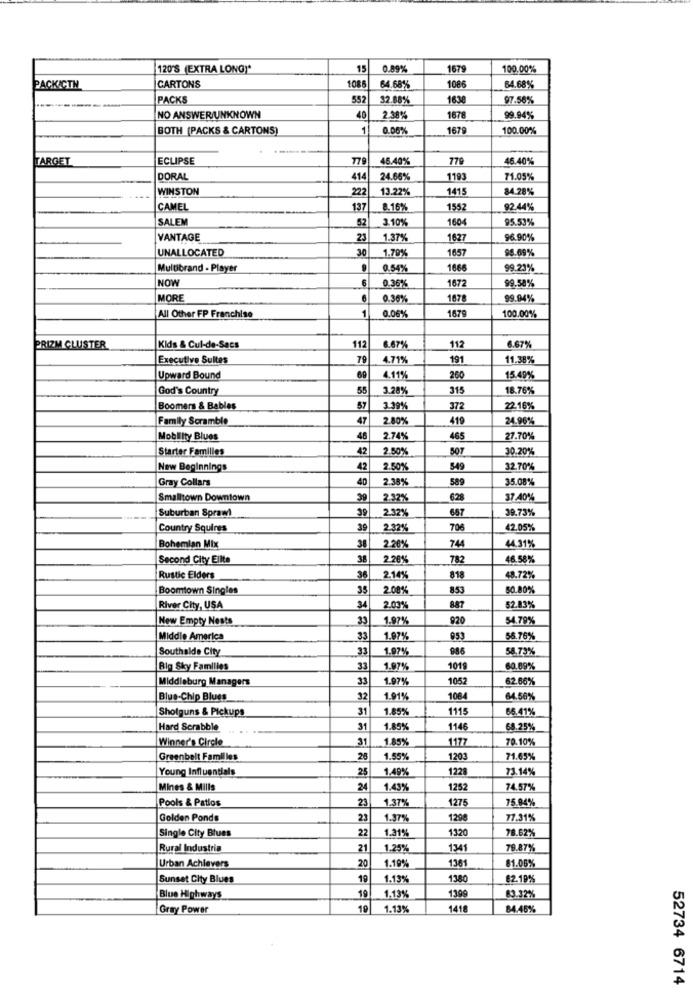
120'S (EXTRA LONG""
15
0,89%
1679
100.00%
CARTONS
1086
1086
PACKICTN
64.68%
64.68%
PACKS
552
32.88%
1638
97.56%
NO ANSWER/UNKNOWN
2.38%
1678
99.94%
BOTH (PACKS & CARTONS)
1
0.06%
1679
100.00%
TARGET
ECLIPSE
779
45.40%
779
46.40%
DORAL
414
24.65%
1193
71.05%
WINSTON
222
13.22%
1415
84.28%
CAMEL
137
8.16%
1552
92.44%
SALEM
52
3.101
1604
95.53%
VANTAGE
23
1.37%
1627
96.90%
UNALLOCATED
30
1.79
1657
98.69%
Multibrand - Player
0.54%
1666
99.23%
NOW
6
1672
99.58%
0.36%
MORE
0.36%
1678
99.94%
1
1679
All Other FP Franchise
0.06%
100.00%
112
PRIZM CLUSTER
Kids & Cul-de-Sacs
6.67%
112
6.67%
Executive Suites
79
4.71%
191
11.38%
Upward Bound
4.11%
260
15.49%
God's Country
55
3.28%
315
18.76%
Boomers & Bables
3.39%
372
22.16%
Family Scramble
47
2.80%
419
24.96%
Mobility Blues
46
2.74%
465
27.70%
Starter Familles
42
2.50%
507
30.20%
New Beginnings
42
2.50%
549
32.70%
Gray Collars
40
2.38%
589
35.08%
Smalltown Downtown
39
2.32%
628
37 40%
Suburban Spraw!
39
2.32%
687
39.73%
Country Squires
39
2.32%
706
42.05%
38
744
44.31%
Bohemian Mix
2.26%
Second City Eilte
38
2.28%
782
46.58%
Rustic Elders
36
2.14%
818
48.72%
Boomtown Singles
35
2.08%
853
50.80%
887
River City, USA
34
2.03%
52.83%
New Empty Nests
33
1.97%
920
54.79%
Middle America
39
1.97%
953
56.76%
Southalde City
33
1.97%
986
58.73%
Big Sky Families
33
1.97%
1019
60.69%
Middleburg Managers
33
1.97%
1052
62.66%
Blue-Chip Blues
32
1.91%
1084
64.56%
Shotguns & Pickups
31
1.85%
1115
66.41%
Hard Scrabble
31
1.85%
1146
68.25%
Winner's Circle
31
1.85%
1177
70.10%
Greenbelt Familles
26
1.55%
1203
71.65%
Young Influentials
25
1.49%
1228
73.14%
Mines & Mills
24
1.43%
1252
74.57%
Pools & Patios
23
127
75.94%
1.37%
Golden Ponds
1.37%
129
77.31%
Single City Blues
22
1320
1.31%
78.62%
Rural Industria
21
1.25%
1341
79.87%
1.19%
1361
Urban Achievers
20
81.06%
Sunset City Blues
19
1.13%
1380
82.19%
19
1.13%
1399
Blue Highways
83.32%
Gray Power
19
1.13%
141
84.46%
52734 6714